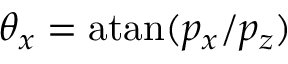
\theta _ { x } = \mathrm { a t a n } ( p _ { x } / p _ { z } )